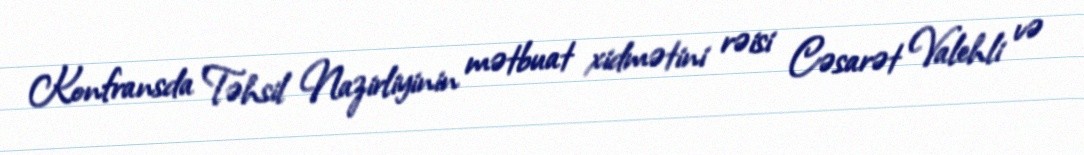
Konfransda Təhsil Nazirliyinin mətbuat xidmətini rəisi Cəsarət Valehli və